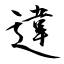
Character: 違